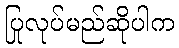
ပြုလုပ်မည်ဆိုပါက